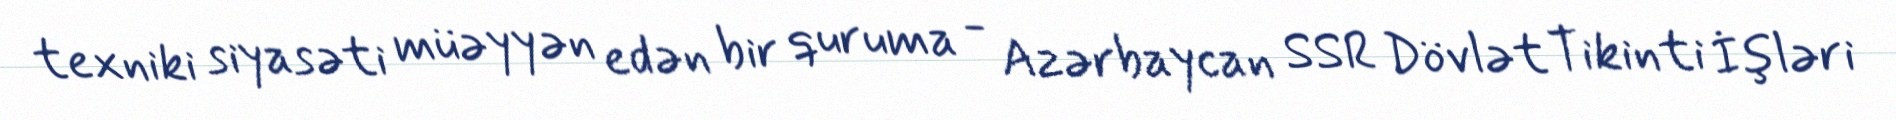
texniki siyasəti müəyyən edən bir quruma - Azərbaycan SSR Dövlət Tikinti İşləri